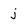
Character: j